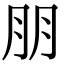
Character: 朋